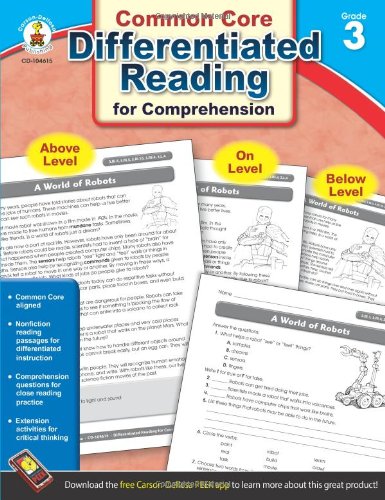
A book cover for Differentiated Reading for Comprehension, Grade 3; Reference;